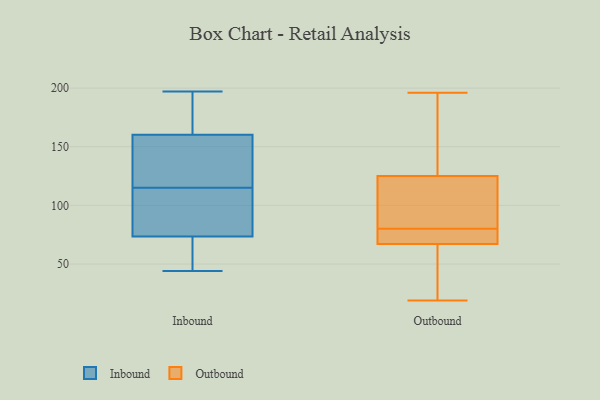
{"axis": {"x": "Tickets Resolved", "y": "Value"}, "legend": ["Inbound", "Outbound"], "data": [{"x": "", "y": 74, "type": "Inbound"}, {"x": "", "y": 179, "type": "Inbound"}, {"x": "", "y": 170, "type": "Inbound"}, {"x": "", "y": 49, "type": "Inbound"}, {"x": "", "y": 90, "type": "Inbound"}, {"x": "", "y": 132, "type": "Inbound"}, {"x": "", "y": 72, "type": "Inbound"}, {"x": "", "y": 113, "type": "Inbound"}, {"x": "", "y": 157, "type": "Inbound"}, {"x": "", "y": 132, "type": "Inbound"}, {"x": "", "y": 115, "type": "Inbound"}, {"x": "", "y": 116, "type": "Inbound"}, {"x": "", "y": 171, "type": "Inbound"}, {"x": "", "y": 48, "type": "Inbound"}, {"x": "", "y": 197, "type": "Inbound"}, {"x": "", "y": 75, "type": "Inbound"}, {"x": "", "y": 44, "type": "Inbound"}, {"x": "", "y": 80, "type": "Outbound"}, {"x": "", "y": 196, "type": "Outbound"}, {"x": "", "y": 34, "type": "Outbound"}, {"x": "", "y": 34, "type": "Outbound"}, {"x": "", "y": 73, "type": "Outbound"}, {"x": "", "y": 24, "type": "Outbound"}, {"x": "", "y": 95, "type": "Outbound"}, {"x": "", "y": 129, "type": "Outbound"}, {"x": "", "y": 194, "type": "Outbound"}, {"x": "", "y": 166, "type": "Outbound"}, {"x": "", "y": 81, "type": "Outbound"}, {"x": "", "y": 178, "type": "Outbound"}, {"x": "", "y": 70, "type": "Outbound"}, {"x": "", "y": 113, "type": "Outbound"}, {"x": "", "y": 76, "type": "Outbound"}, {"x": "", "y": 104, "type": "Outbound"}, {"x": "", "y": 76, "type": "Outbound"}, {"x": "", "y": 66, "type": "Outbound"}, {"x": "", "y": 19, "type": "Outbound"}]}